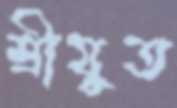
শ্রীযুত